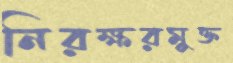
নিরক্ষরমুক্ত